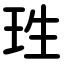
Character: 珄